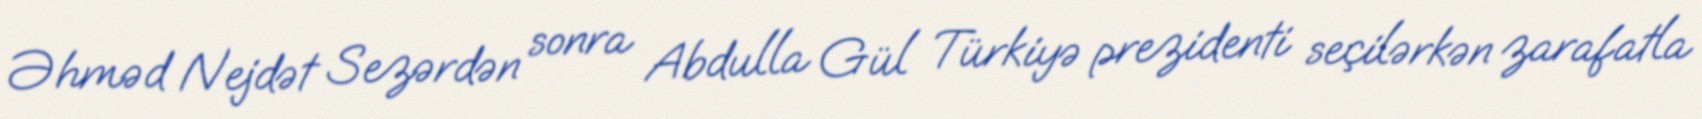
Əhməd Nejdət Sezərdən sonra Abdulla Gül Türkiyə prezidenti seçilərkən zarafatla